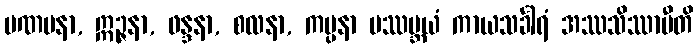
ပဏမနာ, ဣဉ္ဇနာ, ဖန္ဒနာ, စလနာ, ကမ္ပနာ ပဿမ္ဘယံ ကာယသင်္ခါရံ အဿသိဿာမီတိ